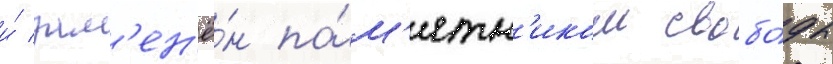
и́ зам'ен'ё́н па́м'ятн'иком свобо́ды